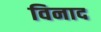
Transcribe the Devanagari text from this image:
विनाद